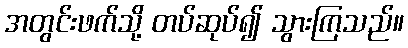
အတွင်းဖက်သို့ တပ်ဆုပ်၍ သွားကြသည်။